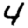
Digit: 4